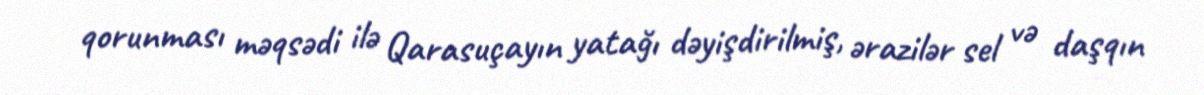
qorunması məqsədi ilə Qarasuçayın yatağı dəyişdirilmiş, ərazilər sel və daşqın